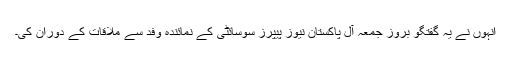
انہوں نے یہ گفتگو بروز جمعہ آل پاکستان نیوز پیپرز سوسائٹی کے نمائندہ وفد سے ملاقات کے دوران کی۔